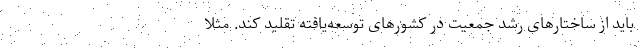
باید از ساختارهای رشد جمعیت در کشورهای توسعه‌یافته تقلید کند. مثلاً